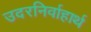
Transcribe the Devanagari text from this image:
उदरनिर्वाहार्थ